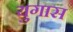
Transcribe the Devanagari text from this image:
युगास